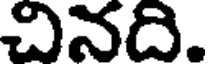
చినది.